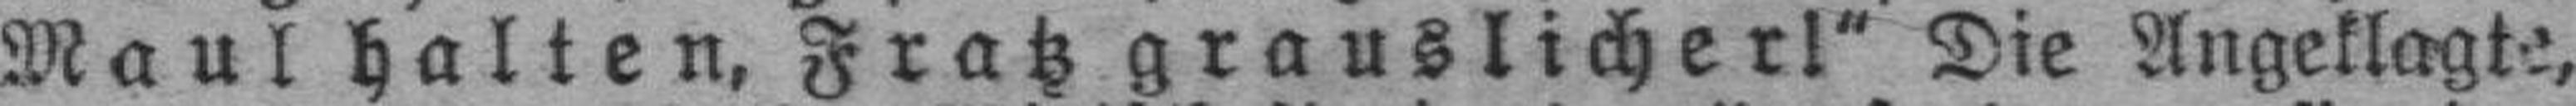
Maul halten, Fratz grauslicher!“ Die Angeklagte,